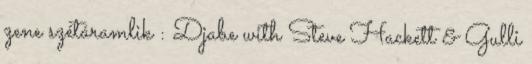
zene szétáramlik : Djabe with Steve Hackett & Gulli